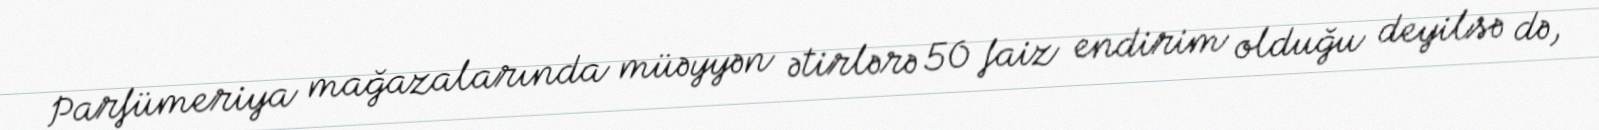
Parfümeriya mağazalarında müəyyən ətirlərə 50 faiz endirim olduğu deyilsə də,